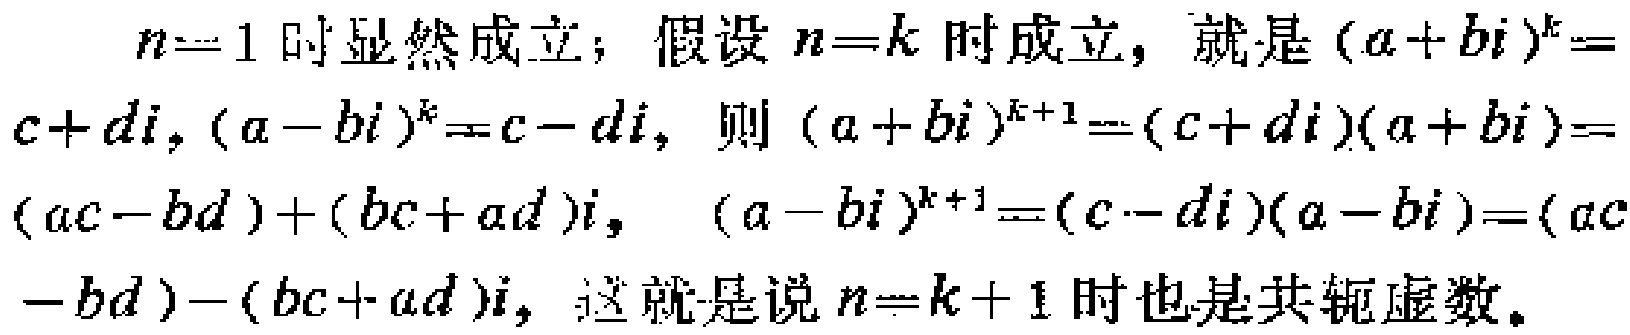
$n = 1$时显然成立；假设$n = k$时成立，就是$(a + bi)^k = c + di$, $(a - bi)^k = c - di$，则$(a + bi)^{k + 1} = (c + di)(a + bi) = (ac - bd)+(bc + ad)i$, $(a - bi)^{k + 1} = (c - di)(a - bi) = (ac - bd)-(bc + ad)i$，这就是说$n = k + 1$时也是共轭虚数。